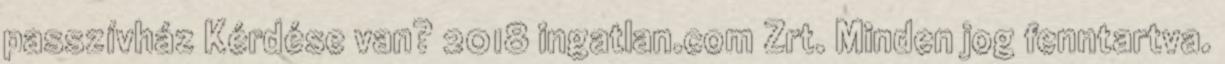
passzívház Kérdése van? 2018 ingatlan.com Zrt. Minden jog fenntartva.